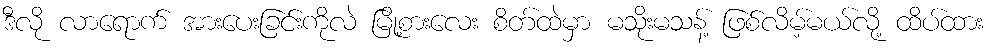
ဒီလို လာရောက် အားပေးခြင်းကိုလဲ မြို့စားလေး စိတ်ထဲမှာ မသိုးမသန့် ဖြစ်လိမ့်မယ်လို့ ထိပ်ထား